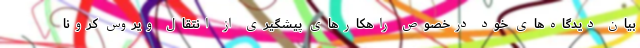
بیان دیدگاه‌های خود درخصوص راهکارهای پیشگیری از انتقال ویروس کرونا